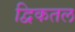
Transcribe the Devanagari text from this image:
द्विकतल